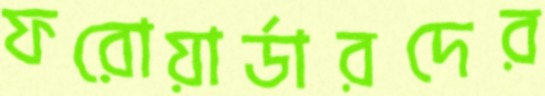
ফরোয়ার্ডারদের